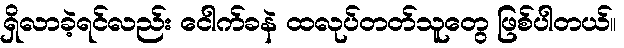
ရှိလာခဲ့ရင်လည်း ငေါက်ခနဲ ထလုပ်တတ်သူတွေ ဖြစ်ပါတယ်။